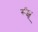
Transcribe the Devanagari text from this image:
र्रूंझू